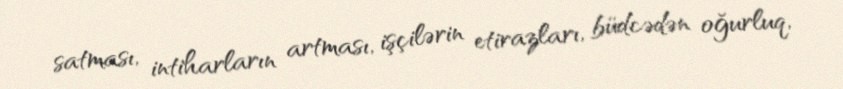
satması, intiharların artması, işçilərin etirazları, büdcədən oğurluq,